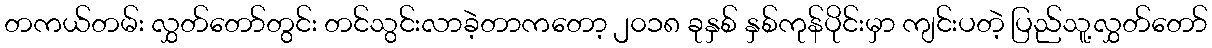
တကယ်တမ်း လွှတ်တော်တွင်း တင်သွင်းလာခဲ့တာကတော့ ၂၀၁၈ ခုနှစ် နှစ်ကုန်ပိုင်းမှာ ကျင်းပတဲ့ ပြည်သူ့လွှတ်တော်